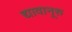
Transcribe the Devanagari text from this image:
द्यावानूरु